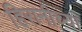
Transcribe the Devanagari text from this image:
हिरानीच्या